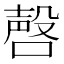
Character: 𪡹